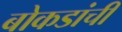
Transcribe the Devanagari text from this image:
बोकडांची